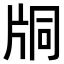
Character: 𤖾